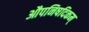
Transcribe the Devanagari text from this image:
औपनिषदिकम्